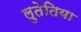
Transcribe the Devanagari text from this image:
लुतेतिया